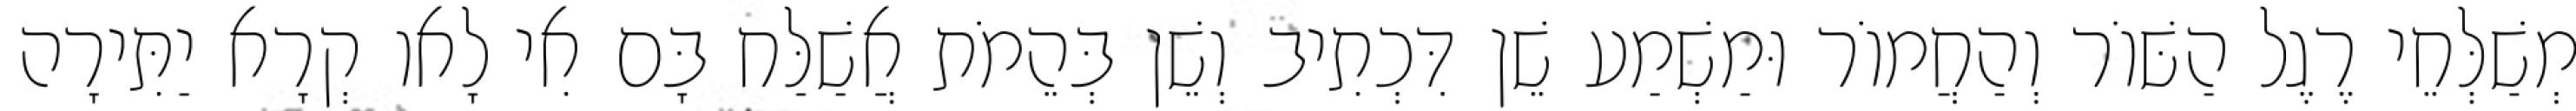
מְשַׁלְּחֵי רֶגֶל הַשּׁוֹר וְהַחֲמוֹר וּמַשְׁמַע שֵׁן דִּכְתִיב וְשֵׁן בְּהֵמֹת אֲשַׁלַּח בָּם אִי לָאו קְרָא יַתִּירָה